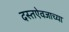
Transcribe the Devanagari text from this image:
दस्तऐवजाच्या